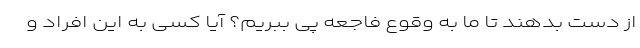
از دست بدهند تا ما به وقوع فاجعه پی ببریم؟ آیا کسی به این افراد و